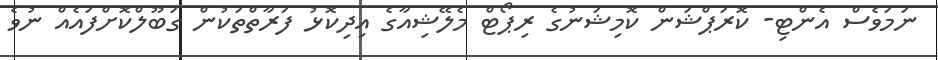
ނަމަވެސް އެންޓި- ކޮރަޕްޝަން ކޮމިޝަނުގެ ރިޕޯޓް މެލޭޝިއާގެ އިދިކޮޅު ފަރާތްތަކުން ގަބޫލްކޮށްފައެއް ނުވެ